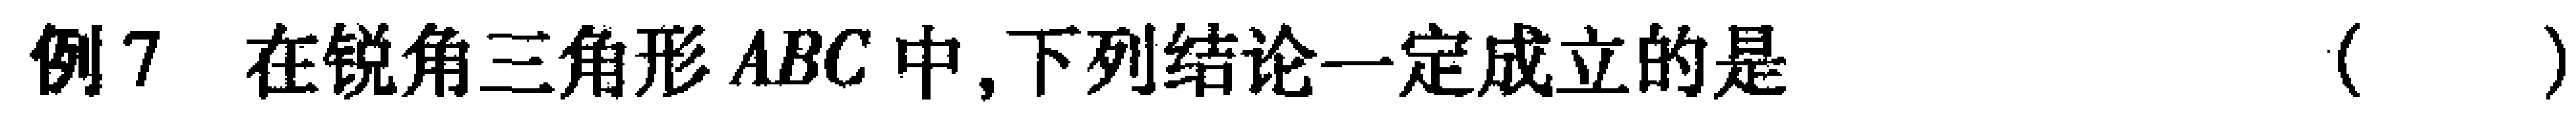
例7 在锐角三角形$ABC$中,下列结论一定成立的是 （  ）